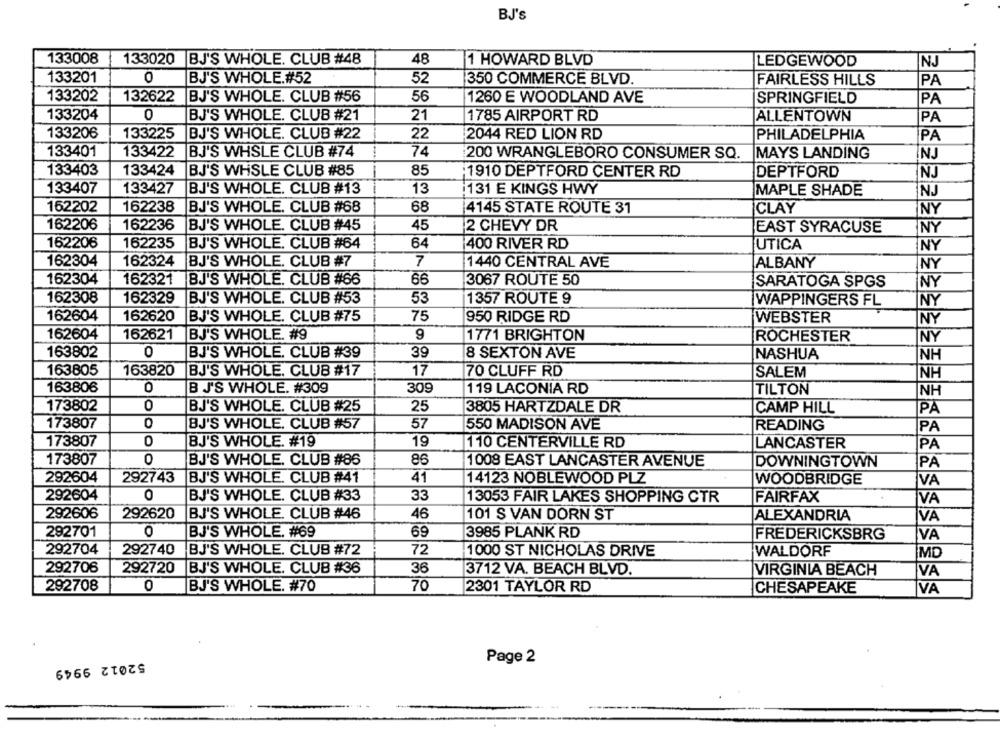
BJ'S
133008
133020 BJ'S WHOLE. CLUB #48
48
1 HOWARD BLVD
LEDGEWOOD
NJ
133201
0
BJ'S WHOLE.#52
52
350 COMMERCE BLVD.
FAIRLESS HILLS
PA
133202
132622
BJ'S WHOLE. CLUB #56
56
1260 E WOODLAND AVE
SPRINGFIELD
PA
133204
0
BJ'S WHOLE. CLUB #21
21
1785 AIRPORT RD
ALLENTOWN
PA
133206
133225
BJ'S WHOLE. CLUB #22
22
2044 RED LION RD
PHILADELPHIA
PA
133401
133422
BJ'S WHSLE CLUB #74
74
200 WRANGLEBORO CONSUMER SQ.
MAYS LANDING
NJ
133403
133424
85
BJ'S WHSLE CLUB #85
:1910 DEPTFORD CENTER RD
DEPTFORD
NJ
133407
133427
BJ'S WHOLE. CLUB #13
13
131 E KINGS HWY
MAPLE SHADE
NJ
162202
162238
BJ'S WHOLE. CLUB #68
68
4145 STATE ROUTE 31
CLAY
NY
162206
162236
BJ'S WHOLE. CLUB #45
45
2 CHEVY DR
EAST SYRACUSE
NY
162206
162235
BJ'S WHOLE. CLUB #64
64
1400 RIVER RD
UTICA
NY
162304
162324
BJ'S WHOLE. CLUB #7
7
1440 CENTRAL AVE
ALBANY
NY
162304
162321
BJ'S WHOLE. CLUB #66
66
3067 ROUTE 50
NY
SARATOGA SPGS
162308
162329
BJ'S WHOLE. CLUB #53
53
1357 ROUTE 9
WAPPINGERS FL
NY
162604
162620
BJ'S WHOLE. CLUB #75
75
950 RIDGE RD
WEBSTER
NY
162604
162621
BJ'S WHOLE. #9
9
1771 BRIGHTON
ROCHESTER
NY
163802
0
BJ'S WHOLE. CLUB #39
39
8 SEXTON AVE
NASHUA
NH
163805
163820
BJ'S WHOLE. CLUB #17
17
70 CLUFF RD
SALEM
NH
163806
0
BJ'S WHOLE. #309
309
119 LACONIA RD
TILTON
NH
173802
BJ'S WHOLE. CLUB #25
25
3805 HARTZDALE DR
CAMP HILL
PÅ
OO
57
173807
BJ'S WHOLE. CLUB #57
550 MADISON AVE
READING
PA
173807
0
BJ'S WHOLE. #19
19
110 CENTERVILLE RD
LANCASTER
PA
173807
0
BJ'S WHOLE. CLUB #86
86
1008 EAST LANCASTER AVENUE
DOWNINGTOWN
PA
292604
292743
BJ'S WHOLE. CLUB #41
41
14123 NOBLEWOOD PLZ
WOODBRIDGE
VA
292604
0
BJ'S WHOLE. CLUB #33
33
FAIRFAX
13053 FAIR LAKES SHOPPING CTR
VA
292606
292620
BJ'S WHOLE. CLUB #46
46
101 S VAN DORN ST
ALEXANDRIA
VA
292701
0
BJ'S WHOLE. #69
69
3985 PLANK RD
FREDERICKSBRG
VA
72
292704
292740
BJ'S WHOLE. CLUB #72
1000 ST NICHOLAS DRIVE
WALDORF
MD
292706
292720
BJ'S WHOLE. CLUB #36
36
3712 VA. BEACH BLVD.
VA
VIRGINIA BEACH
BJ'S WHOLE. #70
70
292708
0
2301 TAYLOR RD
CHESAPEAKE
VA
Page 2
52012 9949